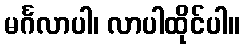
မင်္ဂလာပါ၊ လာပါထိုင်ပါ။